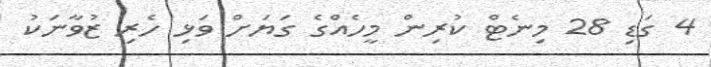
4 ގަޑި 28 މިނެޓް ކުރިން މީހެއްގެ ގަޔަށް ވަޅި ހެރި ޒުވާނަކު